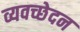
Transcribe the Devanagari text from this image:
व्यवच्छेदन